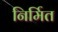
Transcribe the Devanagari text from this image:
निर्मित